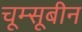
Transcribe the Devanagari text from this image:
चूम्सूबीन